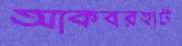
আকবরহাট